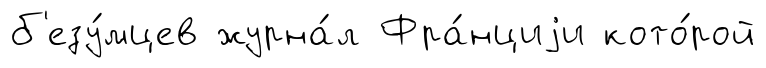
б'езу́мцев журна́л Фра́нциjи кото́рой